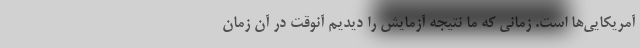
آمریکایی‌ها است‌. زمانی که ما نتیجه آزمایش را دیدیم آنوقت در آن زمان